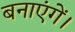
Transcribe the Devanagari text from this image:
बनाएंगें।